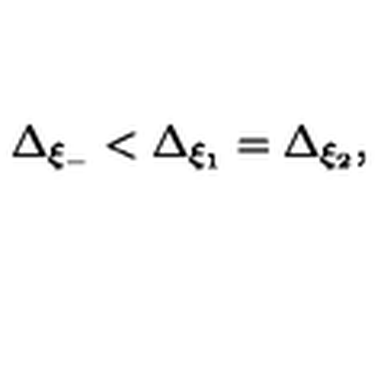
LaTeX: \Delta _ { \xi _ { - } } < \Delta _ { \xi _ { 1 } } = \Delta _ { \xi _ { 2 } } ,